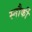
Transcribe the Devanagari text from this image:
स्नौर्की